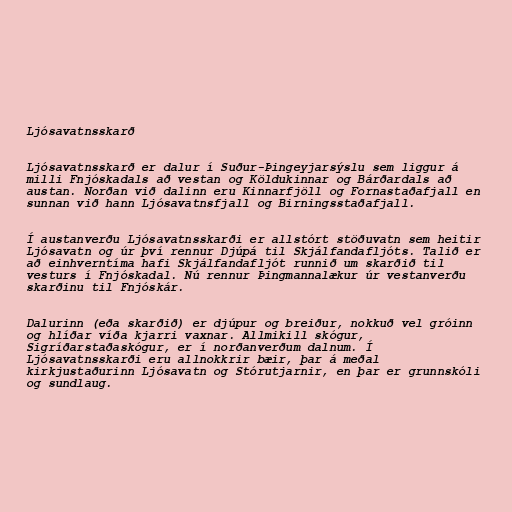
Ljósavatnsskarð

Ljósavatnsskarð er dalur í Suður-Þingeyjarsýslu sem liggur á
milli Fnjóskadals að vestan og Köldukinnar og Bárðardals að
austan. Norðan við dalinn eru Kinnarfjöll og Fornastaðafjall en
sunnan við hann Ljósavatnsfjall og Birningsstaðafjall.

Í austanverðu Ljósavatnsskarði er allstórt stöðuvatn sem heitir
Ljósavatn og úr því rennur Djúpá til Skjálfandafljóts. Talið er
að einhverntíma hafi Skjálfandafljót runnið um skarðið til
vesturs í Fnjóskadal. Nú rennur Þingmannalækur úr vestanverðu
skarðinu til Fnjóskár.

Dalurinn (eða skarðið) er djúpur og breiður, nokkuð vel gróinn
og hlíðar víða kjarri vaxnar. Allmikill skógur,
Sigríðarstaðaskógur, er í norðanverðum dalnum. Í
Ljósavatnsskarði eru allnokkrir bæir, þar á meðal
kirkjustaðurinn Ljósavatn og Stórutjarnir, en þar er grunnskóli
og sundlaug.